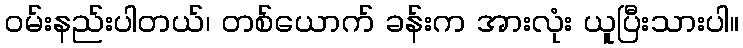
ဝမ်းနည်းပါတယ်၊ တစ်ယောက် ခန်းက အားလုံး ယူပြီးသားပါ။